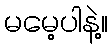
မမေ့ပါနဲ့။